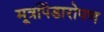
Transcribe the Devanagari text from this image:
मूत्रपिंडारोपण